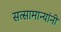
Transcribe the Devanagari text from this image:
सत्सामान्यांनी